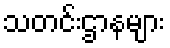
သတင်းဌာနများ